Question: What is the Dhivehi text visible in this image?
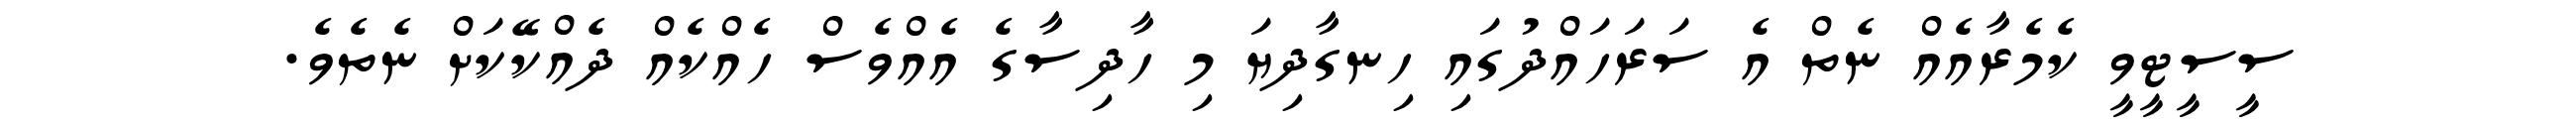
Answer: ސީސީޓީވީ ކެމެރާއެއް ނެތް އެ ސަރަހައްދުގައި ހިނގާދިޔަ މި ހާދިސާގެ އެއްވެސް ހެއްކެއް ދެއްކޭކަށް ނެތެވެ.